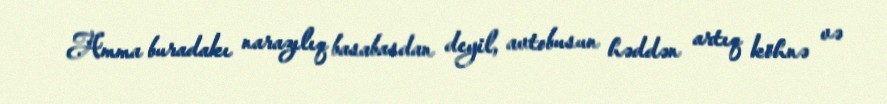
Amma buradakı narazılıq basabasdan deyil, avtobusun həddən artıq köhnə və